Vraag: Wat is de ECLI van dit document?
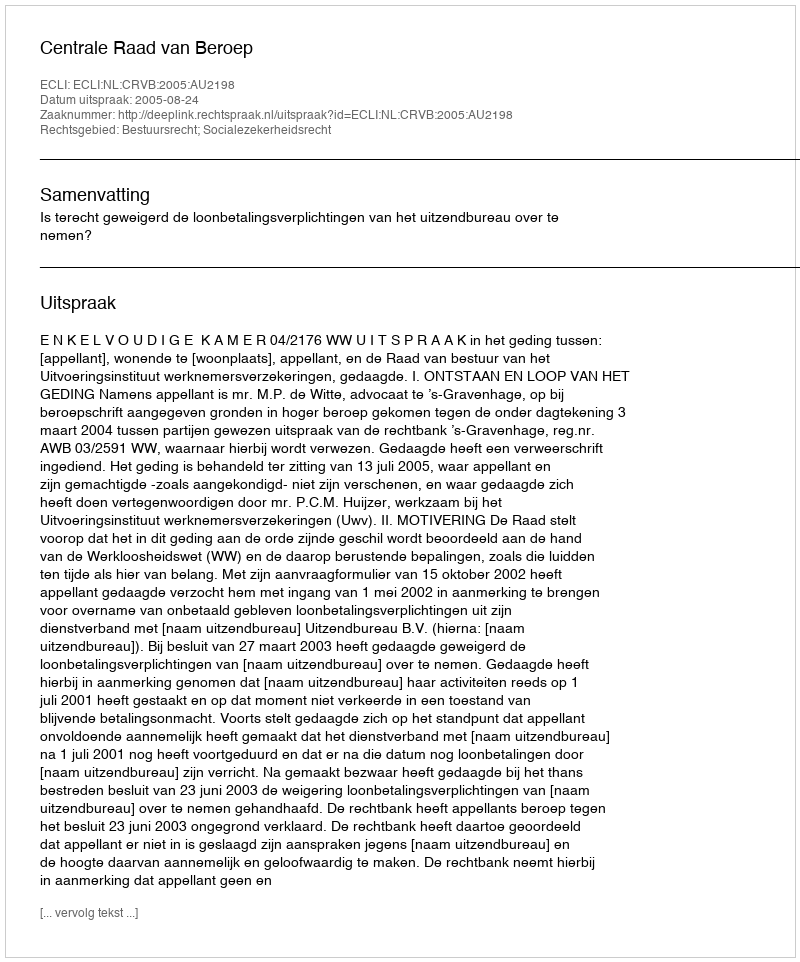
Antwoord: ECLI:NL:CRVB:2005:AU2198